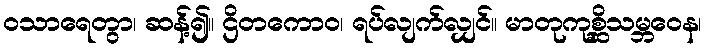
ဝသာရေတွာ၊ ဆန့်၍။ ဌိတကောဝ၊ ရပ်လျက်လျှင်။ မာတုကုစ္ဆိသမ္ဘဝေန၊